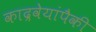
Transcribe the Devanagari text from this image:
काद्रवेयांपैकी